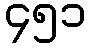
၄၅၁